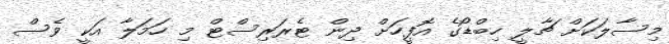
މިސާލަކަށް ޗާލީ ހިބްޑޯގެ އޮފީހަށް ދިން ޓެރަރިސްޓް މި ހަމަލާ އަކީ ވެސް